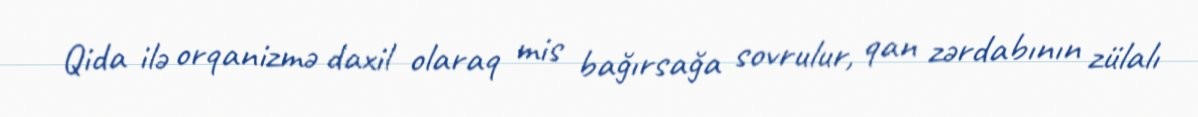
Qida ilə orqanizmə daxil olaraq mis bağırsağa sovrulur, qan zərdabının zülalı